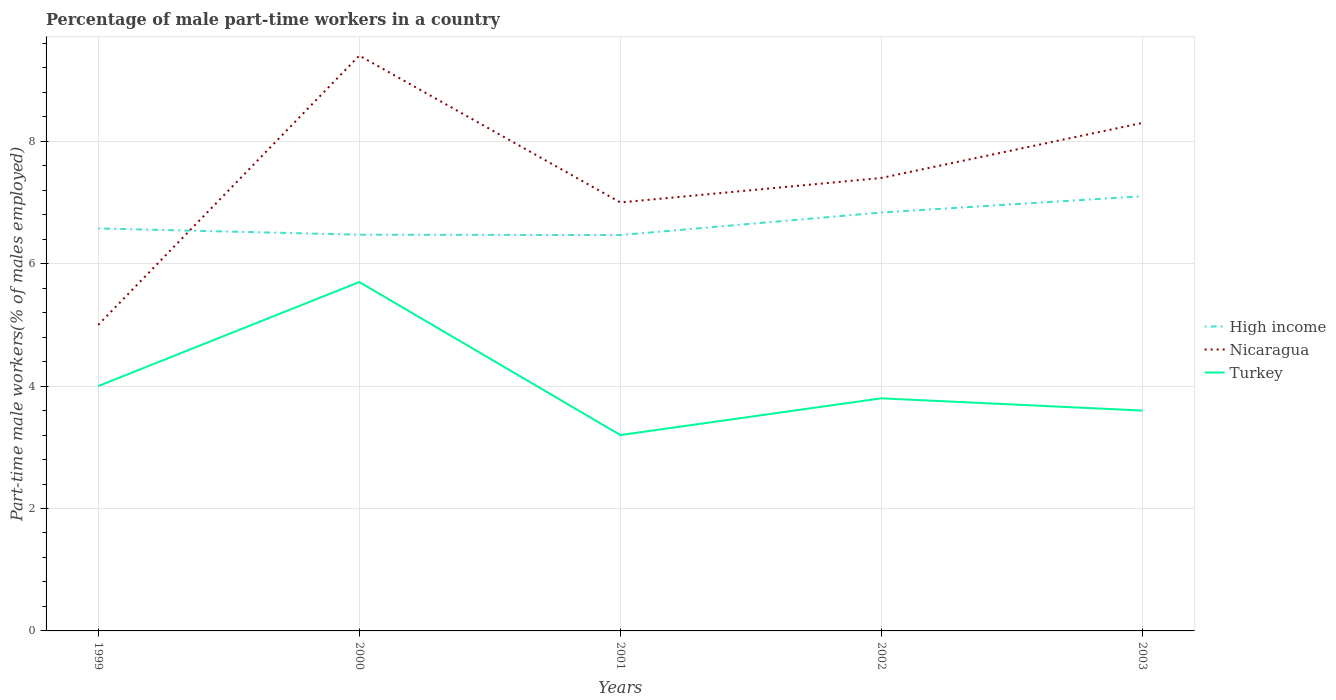
| Years | High income | Nicaragua | Turkey |
 | --- | --- | --- | --- |
 | 1999 | 6.58 | 5 | 4 |
 | 2000 | 6.47 | 9.4 | 5.7 |
 | 2001 | 6.47 | 7 | 3.2 |
 | 2002 | 6.84 | 7.4 | 3.8 |
 | 2003 | 7.1 | 8.3 | 3.6 |